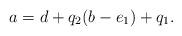
LaTeX: \begin{align*}{a}={d}+q_2(b-e_1)+q_1.\end{align*}